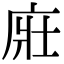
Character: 𢈜